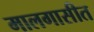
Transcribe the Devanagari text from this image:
मालगासीत